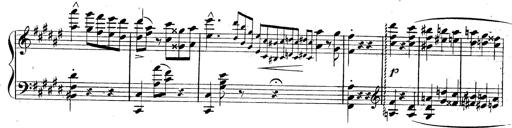
Title: 3 Caprices-Valses
Composer: Franz Liszt